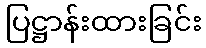
ပြဋ္ဌာန်းထားခြင်း